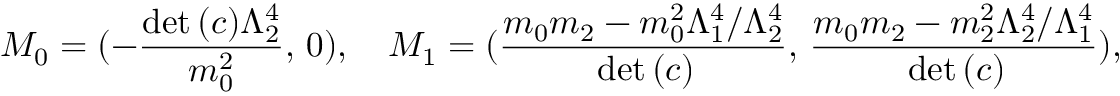
M _ { 0 } = ( - \frac { \mathrm { d e t } \, ( c ) \Lambda _ { 2 } ^ { 4 } } { m _ { 0 } ^ { 2 } } , \, 0 ) , \quad M _ { 1 } = ( \frac { m _ { 0 } m _ { 2 } - m _ { 0 } ^ { 2 } \Lambda _ { 1 } ^ { 4 } / \Lambda _ { 2 } ^ { 4 } } { \, \mathrm { d e t } \, ( c ) } , \, \frac { m _ { 0 } m _ { 2 } - m _ { 2 } ^ { 2 } \Lambda _ { 2 } ^ { 4 } / \Lambda _ { 1 } ^ { 4 } } { \, \mathrm { d e t } \, ( c ) } ) ,